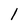
Character: l